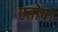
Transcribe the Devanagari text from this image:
एतोषा